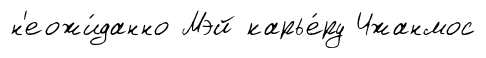
н'еожи́данно Мэй карье́ру Чжанмос